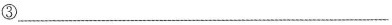
③——